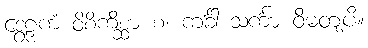
ဒွေဠှကံ ဝိစိကိစ္ဆာ စ၊ ကင်္ခါ သင်္ကာ ဝိမတျပိ။